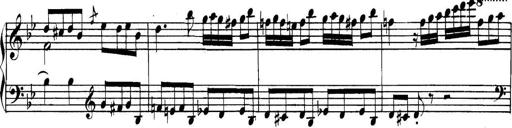
Title: Collected Piano Sonatas
Composer: Muzio Clementi